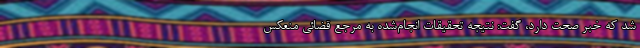
شد که خبر صحت دارد، گفت: نتیجه تحقیقات انجام‌شده به مرجع قضائی منعکس